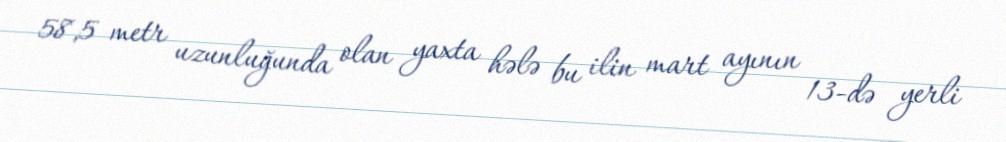
58,5 metr uzunluğunda olan yaxta hələ bu ilin mart ayının 13-də yerli